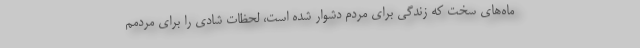
ماه‌های سخت که زندگی برای مردم دشوار شده است، لحظات شادی را برای مردمم